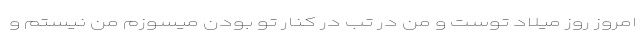
امروز روز میلاد توست و من در تب در کنار تو بودن میسوزم من نیستم و